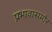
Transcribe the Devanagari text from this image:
प्रभावासमोर